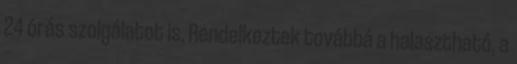
24 órás szolgálatot is. Rendelkeztek továbbá a halasztható, a